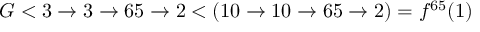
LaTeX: G < 3 \rightarrow 3 \rightarrow 6 5 \rightarrow 2 < ( 1 0 \to 1 0 \to 6 5 \to 2 ) = f ^ { 6 5 } ( 1 )